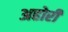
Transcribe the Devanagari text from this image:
अहोरी